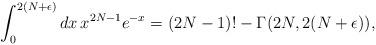
LaTeX: \begin{align*}\int^{2(N+\epsilon)}_0 dx \, x^{2N-1} e^{-x} = (2N-1)! - \Gamma(2N,2(N+\epsilon)),\end{align*}